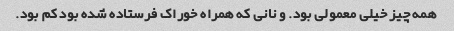
همه چیز خیلی معمولی بود. و نانی که همراه خوراک فرستاده شده بود کم بود.